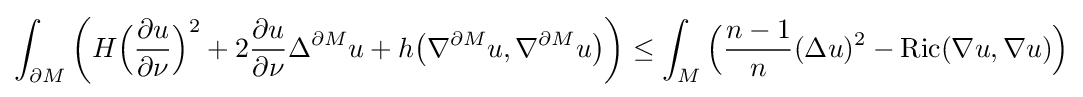
\int _{\partial M}\left(H{\Big (}{\frac {\partial u}{\partial \nu }}{\Big )}^{2}+2{\frac {\partial u}{\partial \nu }}\Delta ^{\partial M}u+h{\big (}\nabla ^{\partial M}u,\nabla ^{\partial M}u{\big )}\right)\leq \int _{M}{\Big (}{\frac {n-1}{n}}(\Delta u)^{2}-\operatorname {Ric} (\nabla u,\nabla u){\Big )}